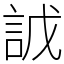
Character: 䛋